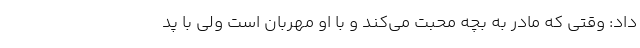
داد: وقتی که مادر به بچه محبت می‌کند و با او مهربان است ولی با پد